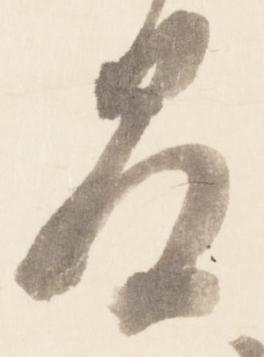
間